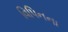
વિપિનના